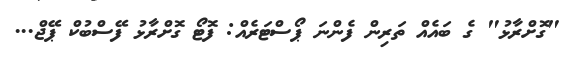
"ގޮށްރާޅު" ގެ ބައެއް ތަރިން ފެންނަ ޕޯސްޓަރެއް: ފޮޓޯ ގޮށްރާޅު ފޭސްބުކް ޕޭޖް...